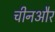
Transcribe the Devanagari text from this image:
चीनऔर